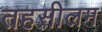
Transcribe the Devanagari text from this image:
तहसीलम